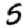
Digit: 5